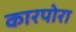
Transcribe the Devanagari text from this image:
कारपोरा